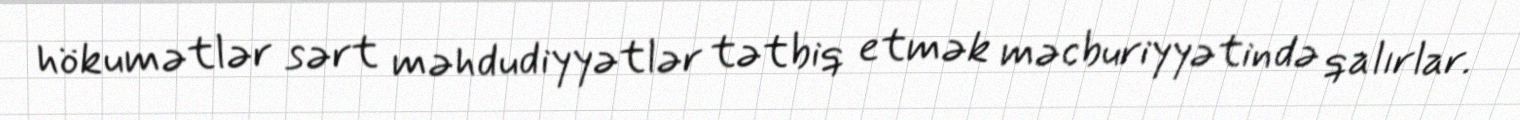
hökumətlər sərt məhdudiyyətlər tətbiq etmək məcburiyyətində qalırlar.